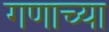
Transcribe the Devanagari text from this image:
गणाच्या